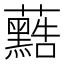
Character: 𮓐